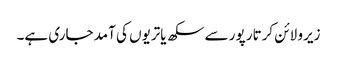
زیرو لائن کرتار پور سے سکھ یاتریوں کی آمد جاری ہے۔